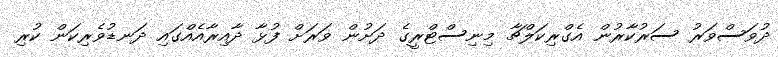
ދުވަސްވަރު ސަރުކާރުން އެގްރިކަލްޗާ މިނިސްޓްރީގެ ދަށުން ވަރަށް ފުޅާ ދާއިރާއެއްގައި ދަނޑުވެރިކަން ކުރި